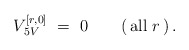
\begin{align*} V_{\,5V}^{[r,0]} \ = \ 0 \qquad (\,\mathrm{all}\ r\,)\, .\end{align*}